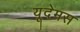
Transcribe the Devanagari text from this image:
यूदेमस